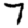
Digit: 7